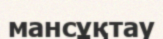
мансұқтау